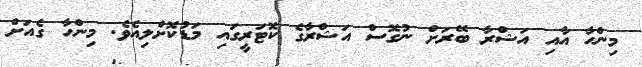
މިންހާ އާއި އަޝްރާ ބޭރަށް ނުގޮސް އަޝްރާގެ ކޮޓަރީގައި މަޑުކޮށްލިއެވެ. މިންހާ ގެއަށް